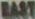
EAST